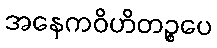
အနေကဝိဟိတဉ္စပေ